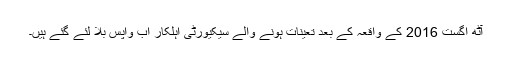
آٹھ اگست 2016 کے واقعہ کے بعد تعینات ہونے والے سیکیورٹی اہلکار اب واپس بلا لئے گئے ہیں۔